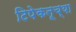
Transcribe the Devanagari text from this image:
टिपेकनूच्या